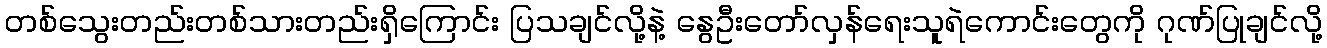
တစ်သွေးတည်းတစ်သားတည်းရှိကြောင်း ပြသချင်လို့နဲ့ နွေဦးတော်လှန်ရေးသူရဲကောင်းတွေကို ဂုဏ်ပြုချင်လို့